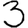
Digit: 3